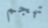
تهجم